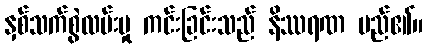
နှစ်သက်စွဲလမ်းမှု ကင်းခြင်းသည် နိဿရဏ မည်၏။